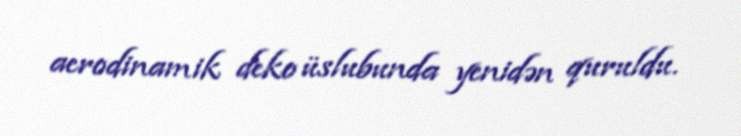
aerodinamik deko üslubunda yenidən quruldu.